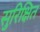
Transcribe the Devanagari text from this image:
सुरिक्षित